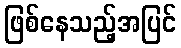
ဖြစ်နေသည့်အပြင်